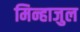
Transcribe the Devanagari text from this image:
मिन्हाजुल